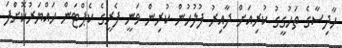
ހާދިސާގެ ތަހުގީގު ކުރިއަށް ދާއިރު ފުލުހުން ކުރިން ވަނީ ފެރީގެ ކެޕްޓަން ހައްޔަރުކޮށްފަ